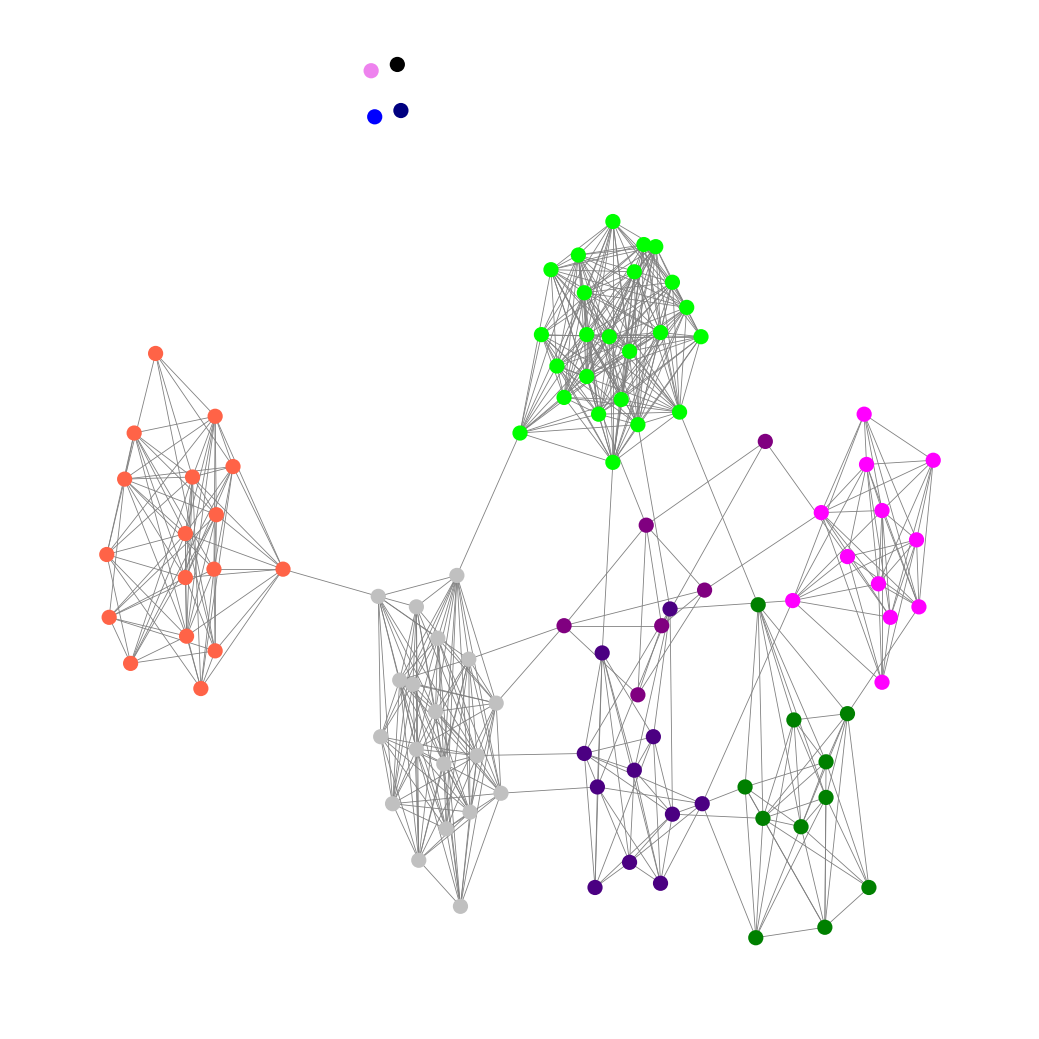
Graph connected: No
Number of connected components: 5
Number of singletons: 4
Total number of nodes: 104
Total number of edges: 566
Number of communities: 11
Community sizes:
Black: 1
Blue: 1
Fuchsia: 12
Green: 11
Indigo: 11
Lime: 24
Navy: 1
Purple: 6
Silver: 19
Tomato: 17
Violet: 1
Graph layout: tda
Graph generation method: erdos_renyi